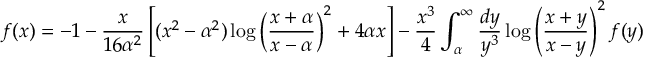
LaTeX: f ( x ) = - 1 - \frac { x } { 1 6 \alpha ^ { 2 } } \left[ ( x ^ { 2 } - \alpha ^ { 2 } ) \log \left( \frac { x + \alpha } { x - \alpha } \right) ^ { 2 } + 4 \alpha x \right] - \frac { x ^ { 3 } } { 4 } \int _ { \alpha } ^ { \infty } \frac { d y } { y ^ { 3 } } \log \left( \frac { x + y } { x - y } \right) ^ { 2 } f ( y )